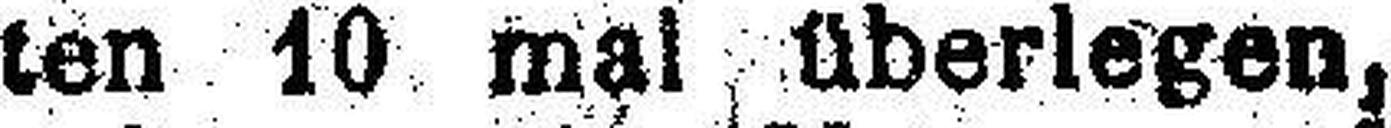
ten 10 mal überlegen,